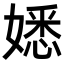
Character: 𡡁